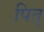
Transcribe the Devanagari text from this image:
पित्‌